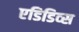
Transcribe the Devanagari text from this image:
एडिडिव्स